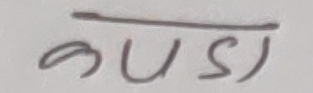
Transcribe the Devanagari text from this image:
कसिडी